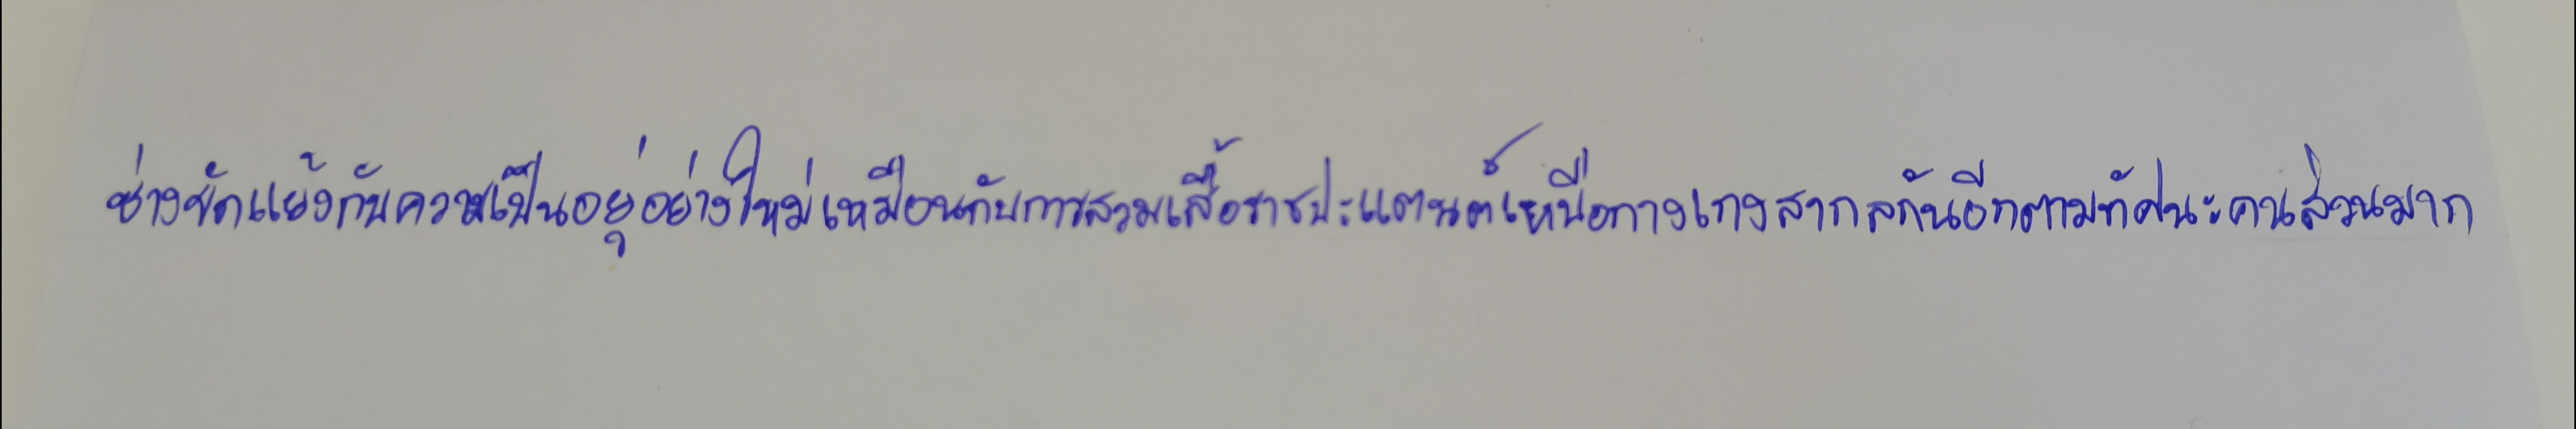
ช่างขัดแย้งกับความเป็นอยู่อย่างใหม่เหมือนกับการสวมเสื้อราชปะแตนต์เหนือกางเกงสากลกันอีกตามทัศนะคนส่วนมาก